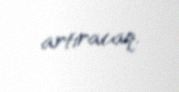
artıracaq.